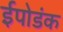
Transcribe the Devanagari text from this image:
ईपोडंक